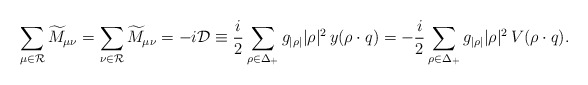
\begin{align*}\sum_{\mu\in{\cal R}}\widetilde{M}_{\mu\nu}= \sum_{\nu\in{\cal R}}\widetilde{M}_{\mu\nu}= -i{\cal D}\equiv{i\over2}\sum_{\rho\in\Delta_{+}}g_{|\rho|}|\rho|^2\,y (\rho\cdot q) =-{i\over2}\sum_{\rho\in\Delta_+}g_{|\rho|}|\rho|^2\,V (\rho\cdot q). \end{align*}